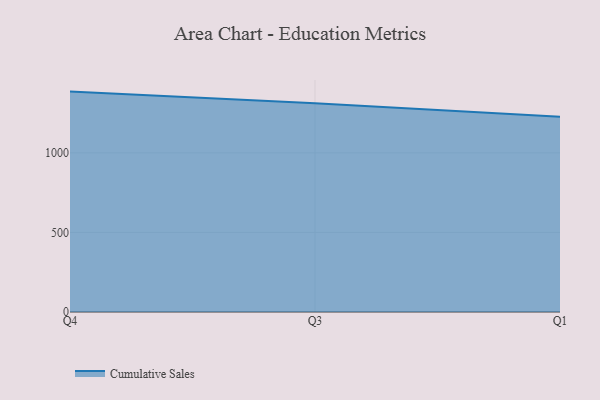
{"axis": {"x": "Quarter", "y": "Revenue (USD Million)"}, "legend": ["Cumulative Sales"], "data": [{"x": "Q4", "y": 1384.8, "type": "Cumulative Sales"}, {"x": "Q3", "y": 1311.4, "type": "Cumulative Sales"}, {"x": "Q1", "y": 1226.4, "type": "Cumulative Sales"}]}